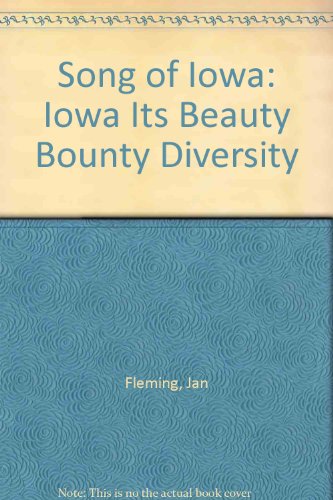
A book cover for Song of Iowa: Iowa Its Beauty Bounty Diversity; Jan Fleming; Travel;